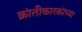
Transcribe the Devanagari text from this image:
क्रांतीकारकांच्या